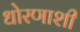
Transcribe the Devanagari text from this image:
धोरणाशी